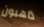
ذاهبون